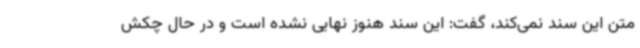
متن این سند نمی‌کند، گفت: این سند هنوز نهایی نشده است و در حال چکش